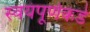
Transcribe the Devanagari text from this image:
स्वयंपूर्णकडे